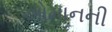
ઓમાનની